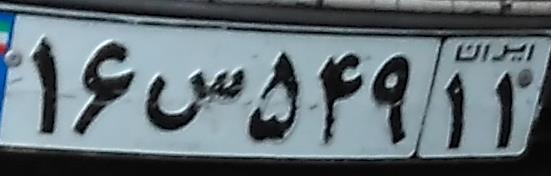
۱۶س۵۴۹۱۱